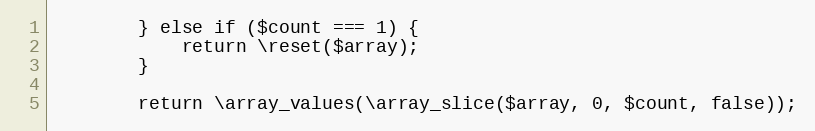
Language: PHP
        } else if ($count === 1) {
            return \reset($array);
        }

        return \array_values(\array_slice($array, 0, $count, false));